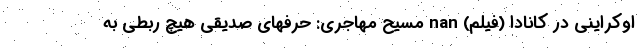
اوکراینی در کانادا (فیلم) nan مسیح مهاجری: حرفهای صدیقی هیچ ربطی به